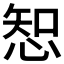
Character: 𢜔